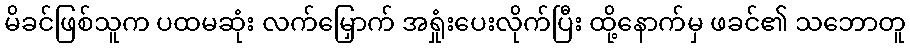
မိခင်ဖြစ်သူက ပထမဆုံး လက်မြှောက် အရှုံးပေးလိုက်ပြီး ထို့နောက်မှ ဖခင်၏ သဘောတူ